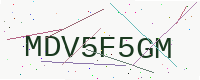
Text: MDV5F5GM